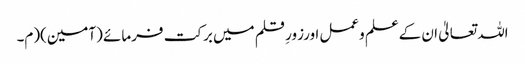
اللہ تعالیٰ ان کےعلم وعمل اورزورِ قلم میں برکت فرمائے (آمین)(م۔